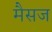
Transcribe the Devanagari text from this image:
मैसज